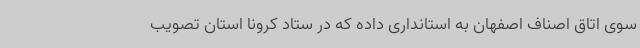
سوی اتاق اصناف اصفهان به استانداری داده که در ستاد کرونا استان تصویب